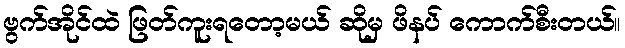
ဗွက်အိုင်ထဲ ဖြတ်ကူးရတော့မယ် ဆိုမှ ဖိနပ် ကောက်စီးတယ်။